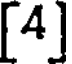
[4]